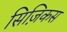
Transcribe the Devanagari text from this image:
सिज़िकस